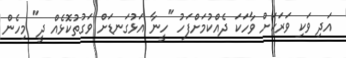
އަދި ވަކި ވަރަކަށް ވާހަަކަ ދެއްކުމަށްފަހު "ހީނާ އަޅުގަނޑަށް ވަގުތުކޮޅެއް ދީ" މިހެން